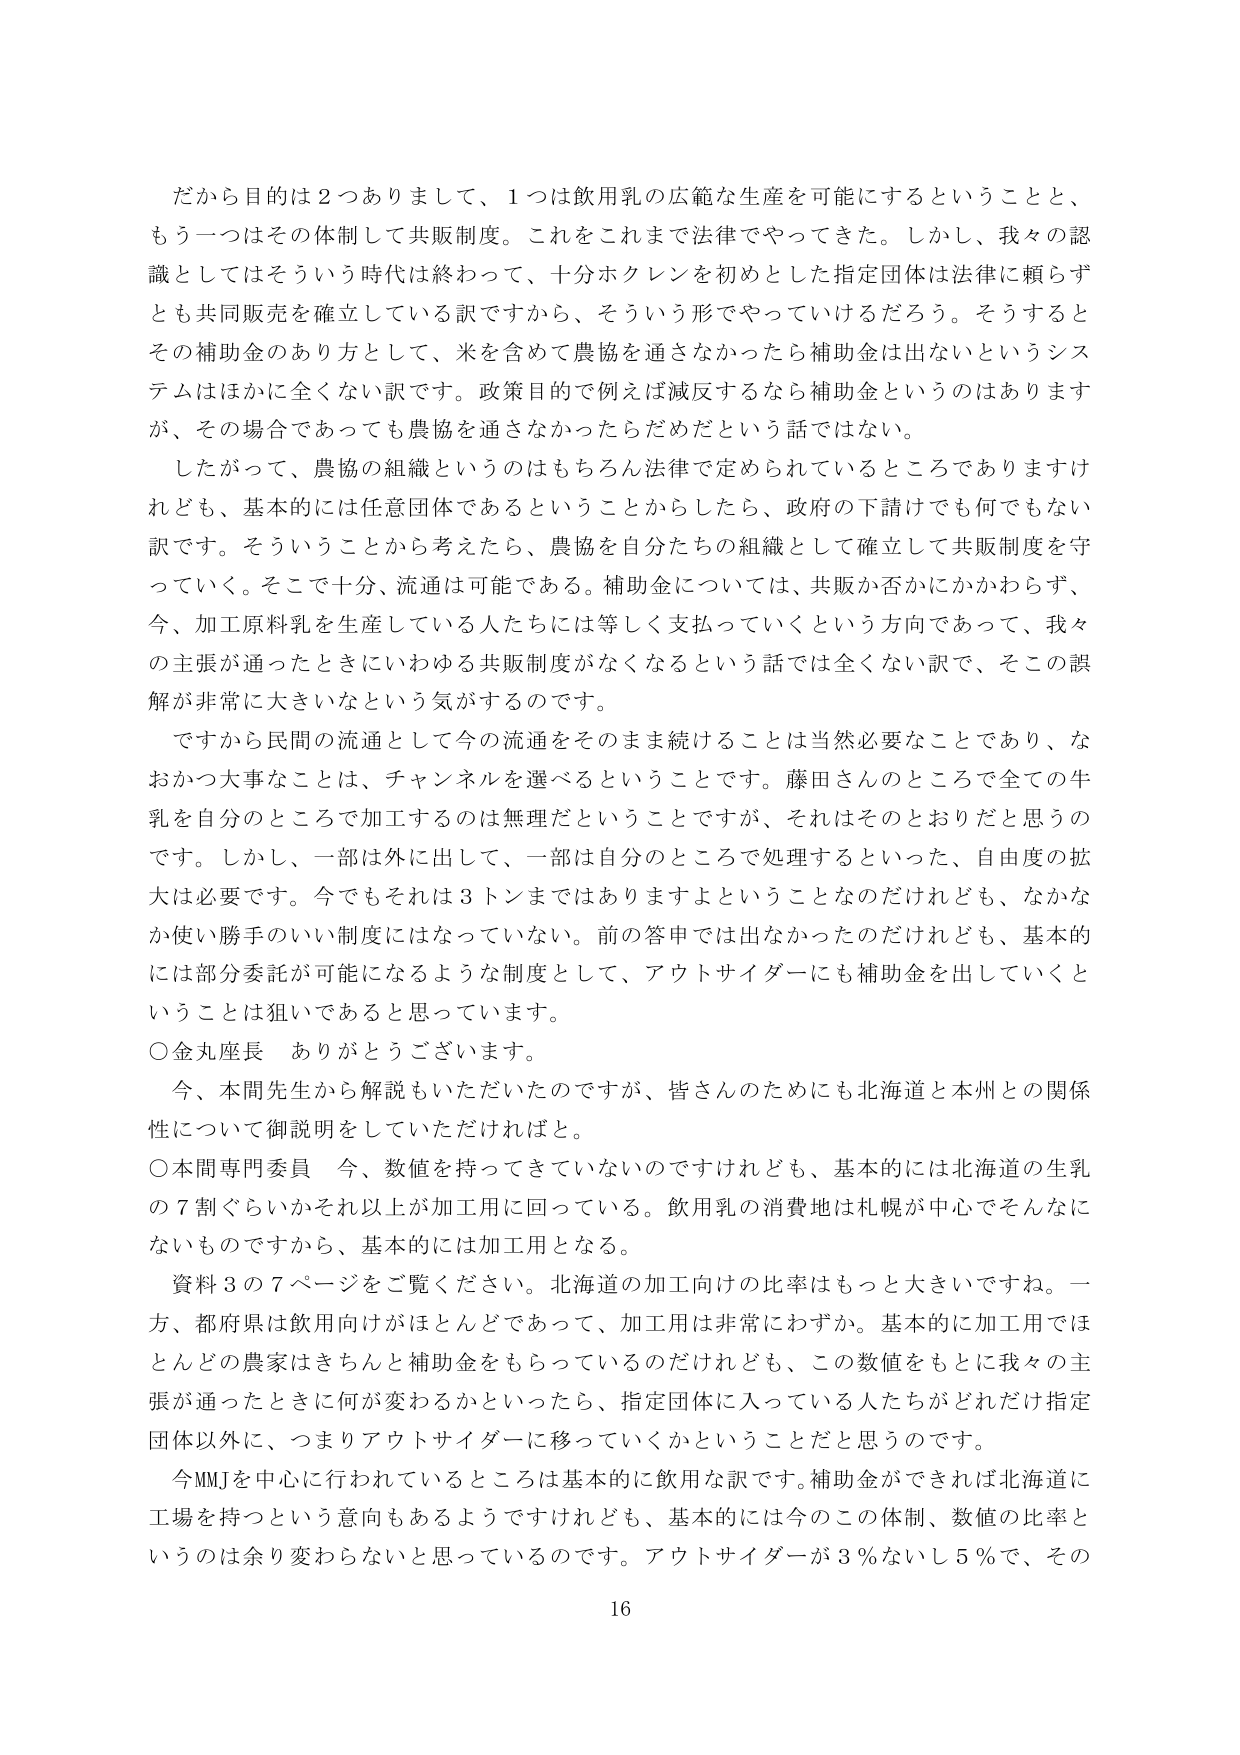
だから目的は２つありまして、１つは飲用乳の広範な生産を可能にするということと、
もう一つはその体制して共販制度。これをこれまで法律でやってきた。しかし、我々の認
識としてはそういう時代は終わって、十分ホクレンを初めとした指定団体は法律に頼らず
とも共同販売を確立している訳ですから、そういう形でやっていけるだろう。そうすると
その補助金のあり方として、米を含めて農協を通さなかったら補助金は出ないというシス
テムはほかに全くない訳です。政策目的で例えば減反するなら補助金というのはあります
が、その場合であっても農協を通さなかったらだめだという話ではない。
したがって、農協の組織というのはもちろん法律で定められているところありますけ
れども、基本的には任意団体であるということからしたら、政府の下請けでも何でもない
訳です。そういうことから考えたら、農協を自分たちの組織として確立して共販制度を守
っていく。そこで十分、流通は可能である。補助金については、共販か否かにかかわらず、
今、加工原料乳を生産している人たちには等しく支払っていくという方向であって、我々
の主張が通ったときにいわゆる共販制度がなくなるという話では全くない訳で、そこの誤
解が非常に大きいなという気がするのです。
ですから民間の流通として今の流通をそのまま続けることは当然必要なことであり、な
おかつ大事なことは、チャンネルを選べるということです。藤田さんのところですべての牛
乳を自分のところで加工するのは無理だということですが、それはそのとおりだと思うの
です。しかし、一部は外に出して、一部は自分のところで処理するといった、自由度の拡
大は必要です。今でもそれは３トンまではありますよということなのだけれども、なかな
か使い勝手のいい制度にはなっていない。前の答申では出なかったのだけれども、基本的
には部分委託が可能になるような制度として、アウトサイダーにも補助金を出していくと
いうことは狙いであると思っています。
○金丸座長　ありがとうございます。
　今、本間先生から解説もいただいたのですが、皆さんのためにも北海道と本州との関係
性について御説明をしていただければと。
○本間専門委員　今、数値を持ってきていないのですけれども、基本的には北海道の生乳
の７割ぐらいかそれ以上が加工用に回っている。飲用乳の消費地は札幌が中心でそんなに
ないものですから、基本的には加工用となる。
　資料３の７ページをご覧ください。北海道の加工向けの比率はもっと大きいですね。一
方、都府県は飲用向けがほとんどであって、加工用は非常にわずか。基本的に加工用では
どんなの農家はきちんと補助金をもらっているのだけれども、この数値をもとに我々の主
張が通ったときに何が変わるかといったら、指定団体に入っている人たちがどれだけ指定
団体以外に、つまりアウトサイダーに移っていくかということだと思うのです。
　今MMJを中心に行われているところは基本的に飲用な訳です。補助金ができれば北海道に
工場を持つという意向もあるようですがけれども、基本的には今のこの体制、数値の比率と
いうのは余り変わらないと思っているのです。アウトサイダーが３％ないし５％で、その
16